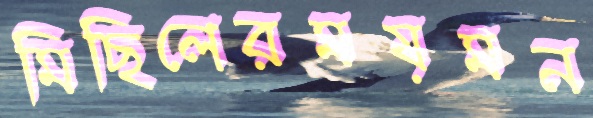
মিছিলেরময়মন